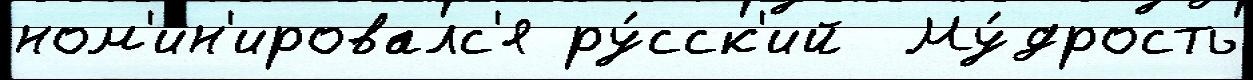
ном'ин'ировалс'я ру́сск'ий  Му́дрость